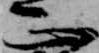
正